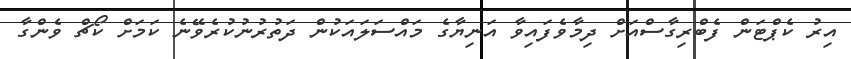
އިރު ކެޕްޓަން ފެބްރިގާސްއަށް ދިމާވެފައިވާ އަނިޔާގެ މައްސަލައަކުން ދަތުރުނުކުރެވޭނެ ކަމަށް ކޯޗް ވެންގާ